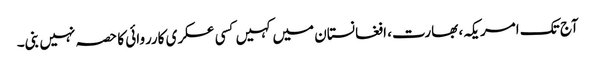
آج تک امریکہ، بھارت، افغانستان میں کہیں کسی عسکری کارروائی کا حصہ نہیں بنی۔